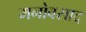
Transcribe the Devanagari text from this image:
मनोवसाद